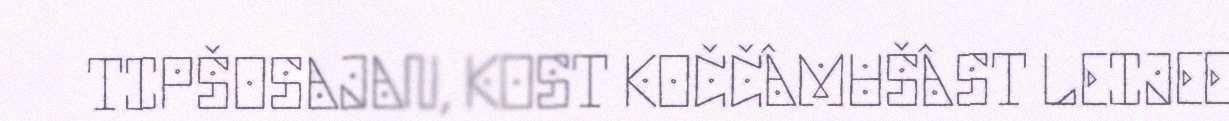
TIPŠOSAJAN, KOST KOČČÂMUŠÂST LEIJEE